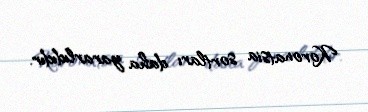
Koronatsia sortları daha yararlıdıdır.